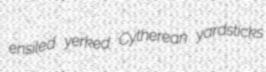
ensiled yerked Cytherean yardsticks